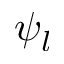
\psi _ { l }